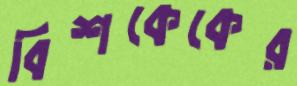
বিশকেকের